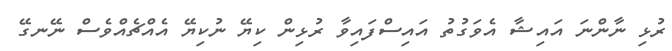
ރުޅި ނާންނަ އައިޝާ އެވަގުތު އައިސްފައިވާ ރުޅިން ކިޔޭ ނުކިޔޭ އެއްޗެއްވެސް ނޭނގޭ